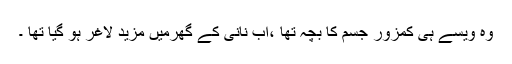
وہ ویسے ہی کمزور جسم کا بچہ تھا ،اب نانی کے گھرمیں مزید لاغر ہو گیا تھا ۔